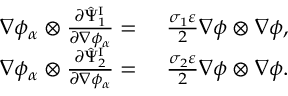
\begin{array} { r l } { \nabla \phi _ { \alpha } \otimes \frac { \partial \hat { \Psi } _ { 1 } ^ { \mathrm { I } } } { \partial \nabla \phi _ { \alpha } } = } & { ~ \frac { \sigma _ { 1 } \varepsilon } { 2 } \nabla \phi \otimes \nabla \phi , } \\ { \nabla \phi _ { \alpha } \otimes \frac { \partial \hat { \Psi } _ { 2 } ^ { \mathrm { I } } } { \partial \nabla \phi _ { \alpha } } = } & { ~ \frac { \sigma _ { 2 } \varepsilon } { 2 } \nabla \phi \otimes \nabla \phi . } \end{array}